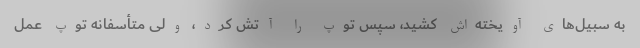
به سبیل‌های آویخته‌اش کشید، سپس توپ را آتش کرد، ولی متأسفانه توپ عمل